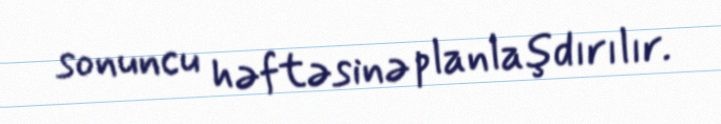
sonuncu həftəsinə planlaşdırılır.